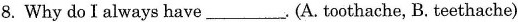
8.Why do I always have___.(A.toothache, B. teethache)